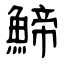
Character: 䱱